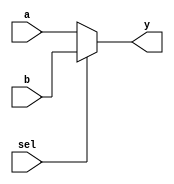
module mux_2x1(
  input wire [32-1:0] a,
  input wire [32-1:0] b,
  input wire        sel,
  output wire [32-1:0] y
              );
	assign y = sel ? b : a; //If sel is 1, output y is assigned the value of input b. If sel is 0, output y is assigned the value of input a.

endmodule